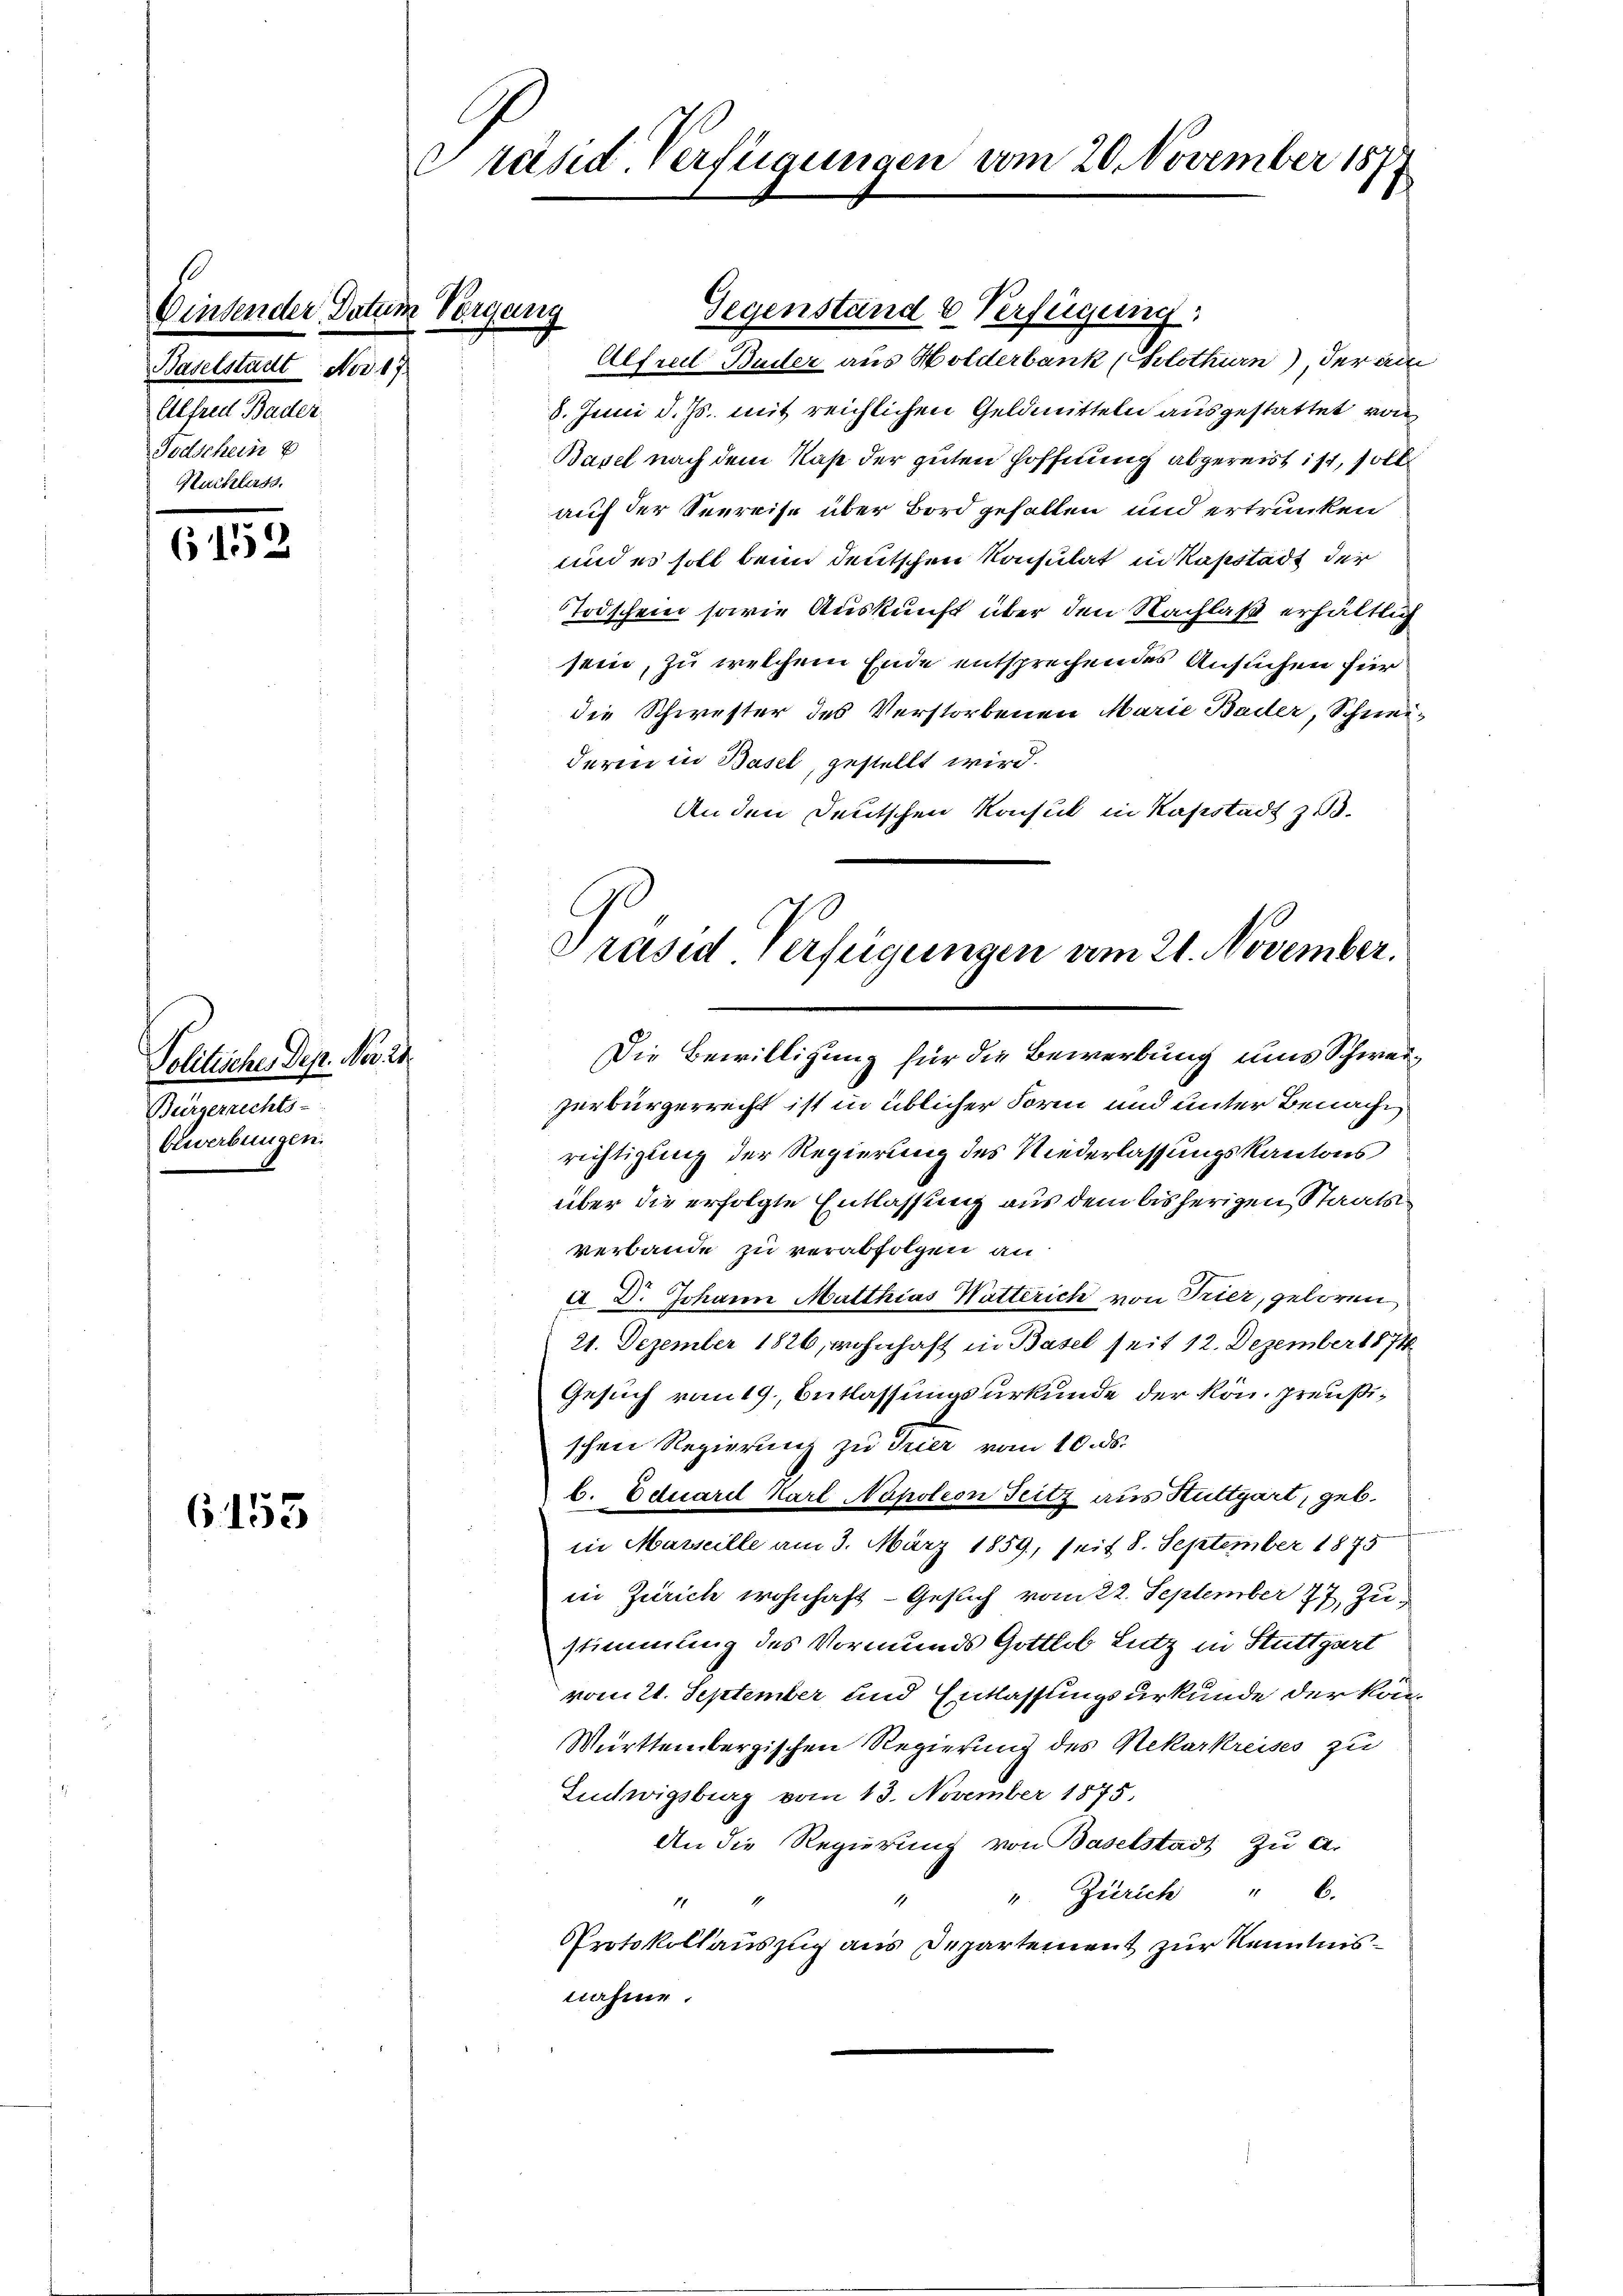
.
Einsender Datum Vorgang
Baselstadt Nov. 17
Alfred Bader
Todschein
Nachlerts.

6153

Politische Dep. Nov. 24.
Bürgerrechts-
bewerbungen.

6153

Präsid. Verfügungen vom 20. November 187

8. Juni d. Js. mit reichlichen Geldmitteln ausgestattet von
Basel nach dem Nase der guten Hoffnung abgereist ist, soll
auf der Seereise über Bord gefallen und ertrunken
und es soll beim deutschen Konsulat in Kapstadt der
Todschein sowie Auskunft über den Nachlaß erhältlich
sein, zu welchem Ende entsprechendes Ansuchen für
die Schwester des Verstorbenen Marie Bader, Schneiderin in Basel, gestellt wird.
An den Deutschen Konsul in Kasstadt z. B.
i
Die Bewilligung für die Bewerbung uns Schweizerbürgerrecht ist in üblicher Form und unter Benachrichtigung der Regierung des Niederlassungskantons
über die erfolgte Entlassung aus dem bisherigen Staatsverbande zu verabfolgen an:
A D. Johann Matthias Watterich von Trier, geboren
21. Dezember 1826, wohnhaft in Basel seit 12. Dezember 1874
Gesuch vom 19. Entlassungsurkunde der kön. preußischen Regierung zu Trier vom 10. ds.
b. Eduarel Karl Napoleon Feitz aus Stuttgart, geb.
in Marseille am 3. März 1859, seit 8. September 1875
in Zürich wohnhaft - Gesuch vom 22. September 77, Zustimmung des Vormunds Gottlob Lutz in Stuttgart
vom 21. September und Entlassungsurkunde der kon-
Württembergischen Regierung des Nekarkreises zu
Ludwigsburg vom 13. November 1875.
An die Regierung von Baselstadt zu a.
v. Zürich " 6.
17
Protokollauszug aus Departement zur Kenntnisnahme.

Gegenstand & Verfügung,
Alfreil Buder aus Holderbank (Solothurn) der au

Präsid Verfügungen am 21. November.